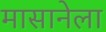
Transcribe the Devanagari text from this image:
मासानेला